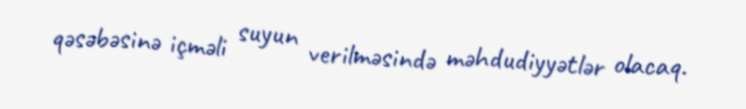
qəsəbəsinə içməli suyun verilməsində məhdudiyyətlər olacaq.